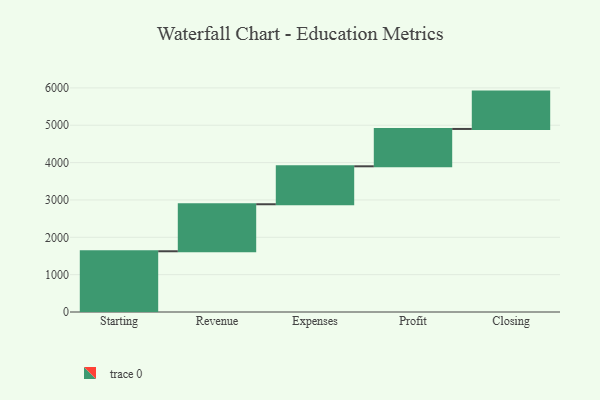
{"axis": {"x": "Step", "y": "Value"}, "legend": [""], "data": [{"x": "Starting", "y": 1626.0, "type": ""}, {"x": "Revenue", "y": 1259.0, "type": ""}, {"x": "Expenses", "y": 1016.0, "type": ""}, {"x": "Profit", "y": 1000, "type": ""}, {"x": "Closing", "y": 1000, "type": ""}]}